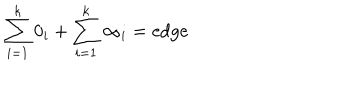
\sum _ { i = 1 } ^ { k } 0 _ { i } + \sum _ { i = 1 } ^ { k } \infty _ { i } = \mathrm { e d g e }